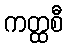
ကတ္ထစီ